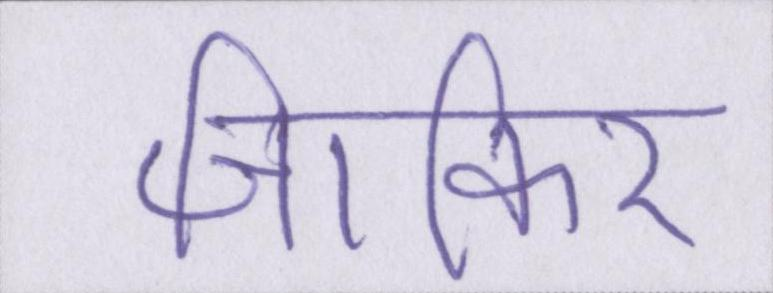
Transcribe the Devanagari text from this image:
जाकिर